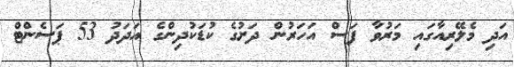
އަދި މެލޭރިއާގައި މަރުވާ ފަސް އަހަރުން ދަށުގެ ކުޑަކުދިންގެ އަދަދު 53 ޕަސެންޓް